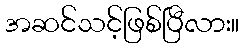
အဆင်သင့်ဖြစ်ပြီလား။